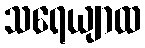
သရေယျာထ